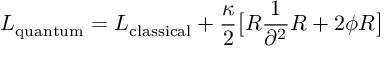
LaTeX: L _ { \mathrm { q u a n t u m } } = L _ { \mathrm { c l a s s i c a l } } + { \frac { \kappa } { 2 } } \big [ R { \frac { 1 } { \partial ^ { 2 } } } R + 2 \phi R \big ]